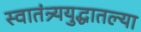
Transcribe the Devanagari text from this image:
स्वातंत्र्ययुद्धातल्या